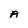
Character: A